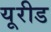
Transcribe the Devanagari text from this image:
यूरीड